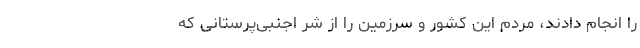
را انجام دادند، مردم این کشور و سرزمین را از شر اجنبی‌پرستانی که